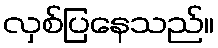
လှစ်ပြနေသည်။